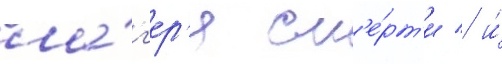
ла́г'ер'я см'е́рт'и / и́